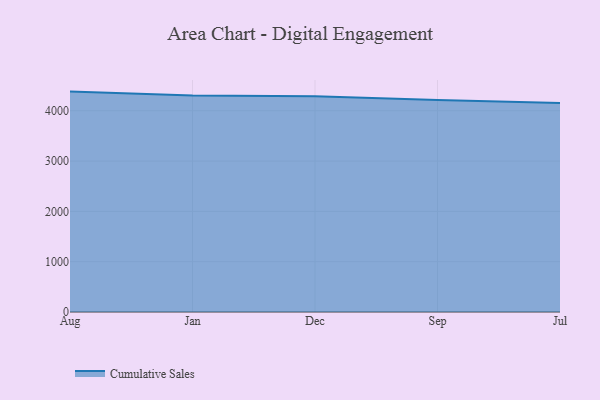
{"axis": {"x": "Month", "y": "Population (Million)"}, "legend": ["Cumulative Sales"], "data": [{"x": "Aug", "y": 4380.7, "type": "Cumulative Sales"}, {"x": "Jan", "y": 4303.4, "type": "Cumulative Sales"}, {"x": "Dec", "y": 4290.6, "type": "Cumulative Sales"}, {"x": "Sep", "y": 4211.6, "type": "Cumulative Sales"}, {"x": "Jul", "y": 4152.3, "type": "Cumulative Sales"}]}